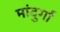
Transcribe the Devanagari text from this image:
मांदुर्गा